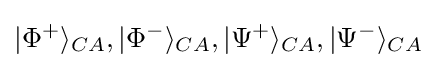
|\Phi ^{+}\rangle _{CA},|\Phi ^{-}\rangle _{CA},|\Psi ^{+}\rangle _{CA},|\Psi ^{-}\rangle _{CA}